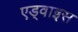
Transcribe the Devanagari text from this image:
एड्वाइस